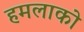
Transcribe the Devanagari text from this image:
हमलाको